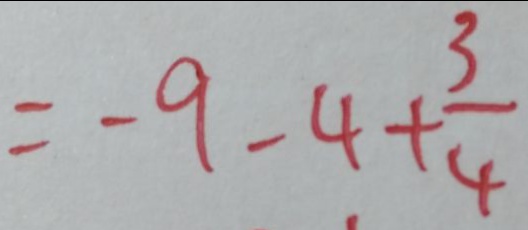
= - 9 - 4 + \frac { 3 } { 4 }